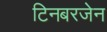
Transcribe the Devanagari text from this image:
टिनबरजेन